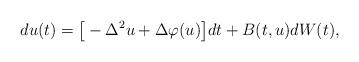
LaTeX: \begin{align*}d u(t) = \big[ - \Delta^2 u + \Delta \varphi(u) \big] dt + B(t,u) dW(t) ,\end{align*}